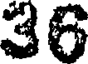
36